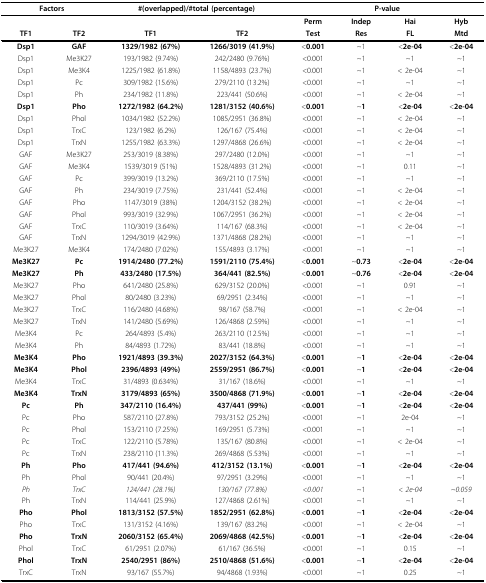
<table><thead><tr><td colspan="2"><b>Factors</b></td><td colspan="2"><b>#(overlapped)/#total (percentage)</b></td><td colspan="4"><b>P-value</b></td></tr></thead><tbody><tr><td></td><td></td><td></td><td></td><td><b>Perm</b></td><td><b>Indep</b></td><td><b>Hai</b></td><td><b>Hyb</b></td></tr><tr><td><b>TF1</b></td><td><b>TF2</b></td><td><b>TF1</b></td><td><b>TF2</b></td><td><b>Test</b></td><td><b>Res</b></td><td><b>FL</b></td><td><b>Mtd</b></td></tr><tr><td><b>Dsp1</b></td><td><b>GAF</b></td><td><b>1329/1982 (67%)</b></td><td><b>1266/3019 (41.9%)</b></td><td>&lt;<b>0.001</b></td><td>~1</td><td>&lt;<b>2e-04</b></td><td>&lt;<b>2e-04</b></td></tr><tr><td>Dsp1</td><td>Me3K27</td><td>193/1982 (9.74%)</td><td>242/2480 (9.76%)</td><td>&lt;0.001</td><td>~1</td><td>~1</td><td>~1</td></tr><tr><td>Dsp1</td><td>Me3K4</td><td>1225/1982 (61.8%)</td><td>1158/4893 (23.7%)</td><td>&lt;0.001</td><td>~1</td><td>&lt; 2e-04</td><td>~1</td></tr><tr><td>Dsp1</td><td>Pc</td><td>309/1982 (15.6%)</td><td>279/2110 (13.2%)</td><td>&lt;0.001</td><td>~1</td><td>~1</td><td>~1</td></tr><tr><td>Dsp1</td><td>Ph</td><td>234/1982 (11.8%)</td><td>223/441 (50.6%)</td><td>&lt;0.001</td><td>~1</td><td>&lt; 2e-04</td><td>~1</td></tr><tr><td><b>Dsp1</b></td><td><b>Pho</b></td><td><b>1272/1982 (64.2%)</b></td><td><b>1281/3152 (40.6%)</b></td><td>&lt;<b>0.001</b></td><td>~<b>1</b></td><td>&lt;<b>2e-04</b></td><td>&lt;<b>2e-04</b></td></tr><tr><td>Dsp1</td><td>Phol</td><td>1034/1982 (52.2%)</td><td>1085/2951 (36.8%)</td><td>&lt;0.001</td><td>~1</td><td>&lt; 2e-04</td><td>~1</td></tr><tr><td>Dsp1</td><td>TrxC</td><td>123/1982 (6.2%)</td><td>126/167 (75.4%)</td><td>&lt;0.001</td><td>~1</td><td>&lt; 2e-04</td><td>~1</td></tr><tr><td>Dsp1</td><td>TrxN</td><td>1255/1982 (63.3%)</td><td>1297/4868 (26.6%)</td><td>&lt;0.001</td><td>~1</td><td>&lt; 2e-04</td><td>~1</td></tr><tr><td>GAF</td><td>Me3K27</td><td>253/3019 (8.38%)</td><td>297/2480 (12.0%)</td><td>&lt;0.001</td><td>~1</td><td>~1</td><td>~1</td></tr><tr><td>GAF</td><td>Me3K4</td><td>1539/3019 (51%)</td><td>1528/4893 (31.2%)</td><td>&lt;0.001</td><td>~1</td><td>0.11</td><td>~1</td></tr><tr><td>GAF</td><td>Pc</td><td>399/3019 (13.2%)</td><td>369/2110 (17.5%)</td><td>&lt;0.001</td><td>~1</td><td>~1</td><td>~1</td></tr><tr><td>GAF</td><td>Ph</td><td>234/3019 (7.75%)</td><td>231/441 (52.4%)</td><td>&lt;0.001</td><td>~1</td><td>&lt; 2e-04</td><td>~1</td></tr><tr><td>GAF</td><td>Pho</td><td>1147/3019 (38%)</td><td>1204/3152 (38.2%)</td><td>&lt;0.001</td><td>~1</td><td>&lt; 2e-04</td><td>~1</td></tr><tr><td>GAF</td><td>Phol</td><td>993/3019 (32.9%)</td><td>1067/2951 (36.2%)</td><td>&lt;0.001</td><td>~1</td><td>&lt; 2e-04</td><td>~1</td></tr><tr><td>GAF</td><td>TrxC</td><td>110/3019 (3.64%)</td><td>114/167 (68.3%)</td><td>&lt;0.001</td><td>~1</td><td>&lt; 2e-04</td><td>~1</td></tr><tr><td>GAF</td><td>TrxN</td><td>1294/3019 (42.9%)</td><td>1371/4868 (28.2%)</td><td>&lt;0.001</td><td>~1</td><td>~1</td><td>~1</td></tr><tr><td>Me3K27</td><td>Me3K4</td><td>174/2480 (7.02%)</td><td>155/4893 (3.17%)</td><td>&lt;0.001</td><td>~1</td><td>~1</td><td>~1</td></tr><tr><td><b>Me3K27</b></td><td><b>Pc</b></td><td><b>1914/2480 (77.2%)</b></td><td><b>1591/2110 (75.4%)</b></td><td>&lt;<b>0.001</b></td><td>~<b>0.73</b></td><td>&lt;<b>2e-04</b></td><td>&lt;<b>2e-04</b></td></tr><tr><td><b>Me3K27</b></td><td><b>Ph</b></td><td><b>433/2480 (17.5%)</b></td><td><b>364/441 (82.5%)</b></td><td>&lt;<b>0.001</b></td><td>~<b>0.76</b></td><td>&lt;<b>2e-04</b></td><td>&lt;<b>2e-04</b></td></tr><tr><td>Me3K27</td><td>Pho</td><td>641/2480 (25.8%)</td><td>629/3152 (20.0%)</td><td>&lt;0.001</td><td>~1</td><td>0.91</td><td>~1</td></tr><tr><td>Me3K27</td><td>Phol</td><td>80/2480 (3.23%)</td><td>69/2951 (2.34%)</td><td>&lt;0.001</td><td>~1</td><td>~1</td><td>~1</td></tr><tr><td>Me3K27</td><td>TrxC</td><td>116/2480 (4.68%)</td><td>98/167 (58.7%)</td><td>&lt;0.001</td><td>~1</td><td>&lt; 2e-04</td><td>~1</td></tr><tr><td>Me3K27</td><td>TrxN</td><td>141/2480 (5.69%)</td><td>126/4868 (2.59%)</td><td>&lt;0.001</td><td>~1</td><td>~1</td><td>~1</td></tr><tr><td>Me3K4</td><td>Pc</td><td>264/4893 (5.4%)</td><td>263/2110 (12.5%)</td><td>&lt;0.001</td><td>~1</td><td>~1</td><td>~1</td></tr><tr><td>Me3K4</td><td>Ph</td><td>84/4893 (1.72%)</td><td>83/441 (18.8%)</td><td>&lt;0.001</td><td>~1</td><td>~1</td><td>~1</td></tr><tr><td><b>Me3K4</b></td><td><b>Pho</b></td><td><b>1921/4893 (39.3%)</b></td><td><b>2027/3152 (64.3%)</b></td><td>&lt;<b>0.001</b></td><td>~<b>1</b></td><td>&lt;<b>2e-04</b></td><td>&lt;<b>2e-04</b></td></tr><tr><td><b>Me3K4</b></td><td><b>Phol</b></td><td><b>2396/4893 (49%)</b></td><td><b>2559/2951 (86.7%)</b></td><td>&lt;<b>0.001</b></td><td>~<b>1</b></td><td>&lt;<b>2e-04</b></td><td>&lt;<b>2e-04</b></td></tr><tr><td>Me3K4</td><td>TrxC</td><td>31/4893 (0.634%)</td><td>31/167 (18.6%)</td><td>&lt;0.001</td><td>~1</td><td>~1</td><td>~1</td></tr><tr><td><b>Me3K4</b></td><td><b>TrxN</b></td><td><b>3179/4893 (65%)</b></td><td><b>3500/4868 (71.9%)</b></td><td>&lt;<b>0.001</b></td><td>~<b>1</b></td><td>&lt;<b>2e-04</b></td><td>&lt;<b>2e-04</b></td></tr><tr><td><b>Pc</b></td><td><b>Ph</b></td><td><b>347/2110 (16.4%)</b></td><td><b>437/441 (99%)</b></td><td>&lt;<b>0.001</b></td><td>~<b>1</b></td><td>&lt;<b>2e-04</b></td><td>&lt;<b>2e-04</b></td></tr><tr><td>Pc</td><td>Pho</td><td>587/2110 (27.8%)</td><td>793/3152 (25.2%)</td><td>&lt;0.001</td><td>~1</td><td>2e-04</td><td>~1</td></tr><tr><td>Pc</td><td>Phol</td><td>153/2110 (7.25%)</td><td>169/2951 (5.73%)</td><td>&lt;0.001</td><td>~1</td><td>~1</td><td>~1</td></tr><tr><td>Pc</td><td>TrxC</td><td>122/2110 (5.78%)</td><td>135/167 (80.8%)</td><td>&lt;0.001</td><td>~1</td><td>&lt; 2e-04</td><td>~1</td></tr><tr><td>Pc</td><td>TrxN</td><td>238/2110 (11.3%)</td><td>269/4868 (5.53%)</td><td>&lt;0.001</td><td>~1</td><td>~1</td><td>~1</td></tr><tr><td><b>Ph</b></td><td><b>Pho</b></td><td><b>417/441 (94.6%)</b></td><td><b>412/3152 (13.1%)</b></td><td>&lt;<b>0.001</b></td><td>~<b>1</b></td><td>&lt;<b>2e-04</b></td><td>&lt;<b>2e-04</b></td></tr><tr><td>Ph</td><td>Phol</td><td>90/441 (20.4%)</td><td>97/2951 (3.29%)</td><td>&lt;0.001</td><td>~1</td><td>~1</td><td>~1</td></tr><tr><td><i>Ph</i></td><td><i>TrxC</i></td><td><i>124/441 (28.1%)</i></td><td><i>130/167 (77.8%)</i></td><td><i>&lt;0.001</i></td><td>~1</td><td><i>&lt; 2e-04</i></td><td><i>~0.059</i></td></tr><tr><td>Ph</td><td>TrxN</td><td>114/441 (25.9%)</td><td>127/4868 (2.61%)</td><td>&lt;0.001</td><td>~1</td><td>~1</td><td>~1</td></tr><tr><td><b>Pho</b></td><td><b>Phol</b></td><td><b>1813/3152 (57.5%)</b></td><td><b>1852/2951 (62.8%)</b></td><td>&lt;<b>0.001</b></td><td>~<b>1</b></td><td>&lt;<b>2e-04</b></td><td>&lt;<b>2e-04</b></td></tr><tr><td>Pho</td><td>TrxC</td><td>131/3152 (4.16%)</td><td>139/167 (83.2%)</td><td>&lt;0.001</td><td>~1</td><td>&lt; 2e-04</td><td>~1</td></tr><tr><td><b>Pho</b></td><td><b>TrxN</b></td><td><b>2060/3152 (65.4%)</b></td><td><b>2069/4868 (42.5%)</b></td><td>&lt;<b>0.001</b></td><td>~<b>1</b></td><td>&lt;<b>2e-04</b></td><td>&lt;<b>2e-04</b></td></tr><tr><td>Phol</td><td>TrxC</td><td>61/2951 (2.07%)</td><td>61/167 (36.5%)</td><td>&lt;0.001</td><td>~1</td><td>0.15</td><td>~1</td></tr><tr><td><b>Phol</b></td><td><b>TrxN</b></td><td><b>2540/2951 (86%)</b></td><td><b>2510/4868 (51.6%)</b></td><td>&lt;<b>0.001</b></td><td>~<b>1</b></td><td>&lt;<b>2e-04</b></td><td>&lt;<b>2e-04</b></td></tr><tr><td>TrxC</td><td>TrxN</td><td>93/167 (55.7%)</td><td>94/4868 (1.93%)</td><td>&lt;0.001</td><td>~1</td><td>0.25</td><td>~1</td></tr></tbody></table>